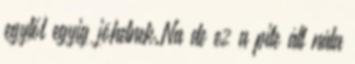
egytől egyig jöhetnek.Na de ez a pite áll nála